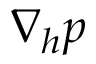
\nabla _ { h } \boldsymbol { p }